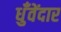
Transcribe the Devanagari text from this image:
धुँवेंदार